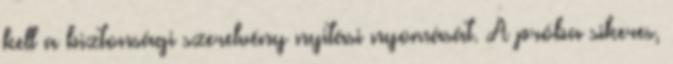
kell a biztonsági szerelvény nyitási nyomását. A próba sikeres,